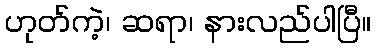
ဟုတ်ကဲ့၊ ဆရာ၊ နားလည်ပါပြီ။